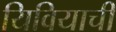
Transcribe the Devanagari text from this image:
यिवियाची